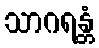
သာဂရန္တံ